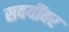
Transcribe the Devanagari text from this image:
सवयींवर